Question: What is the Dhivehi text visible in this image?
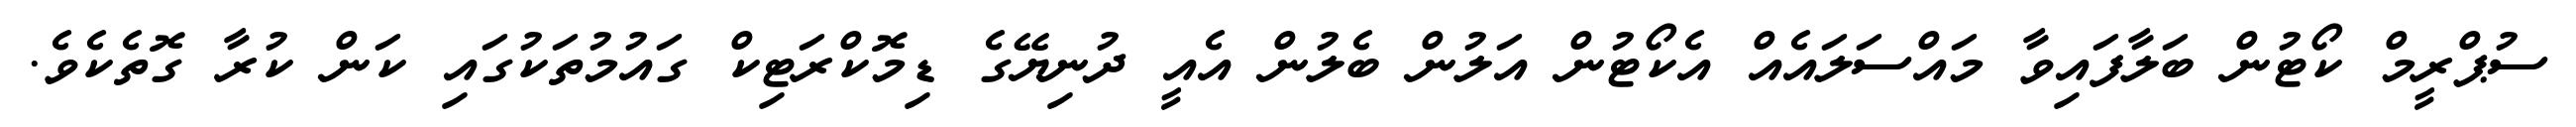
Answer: ސުޕްރީމް ކޯޓުން ބަލާފައިވާ މައްސަލައެއް އެކޯޓުން އަލުން ބެލުން އެއީ ދުނިޔޭގެ ޑިމޮކްރަޓިކް ގައުމުތަކުގައި ކަން ކުރާ ގޮތެކެވެ.